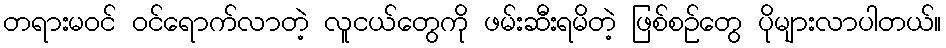
တရားမဝင် ဝင်ရောက်လာတဲ့ လူငယ်တွေကို ဖမ်းဆီးရမိတဲ့ ဖြစ်စဉ်တွေ ပိုများလာပါတယ်။